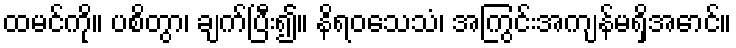
ထမင်ကို။ ပစိတွာ၊ ချက်ပြီး၍။ နိရဝသေသံ၊ အကြွင်းအကျန်မရှိအောင်။